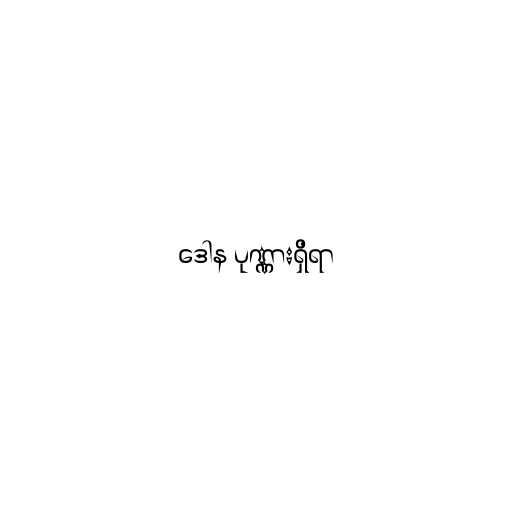
ဒေါန ပုဏ္ဏားရှိရာ